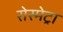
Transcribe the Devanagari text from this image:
रोस्मेट्रा